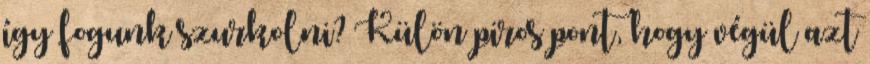
így fogunk szurkolni? Külön piros pont, hogy végül azt